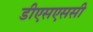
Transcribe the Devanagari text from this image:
डीएसएससी